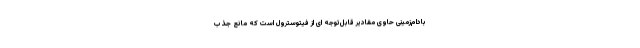
بادام‌زمینی حاوی مقادیر قابل‌توجه ای از فیتوسترول است که مانع جذب